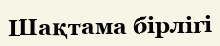
Шақтама бірлігі